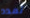
تمدد